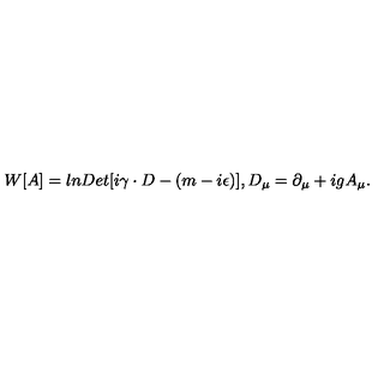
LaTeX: W [ A ] = l n D e t [ i \gamma \cdot D - ( m - i \epsilon ) ] , D _ { \mu } = \partial _ { \mu } + i g A _ { \mu } .